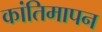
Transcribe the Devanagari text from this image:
कांतिमापन